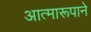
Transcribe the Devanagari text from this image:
आत्मारूपाने